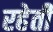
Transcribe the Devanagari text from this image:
रहेती